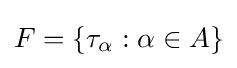
F=\left\{\tau _{\alpha }:\alpha \in A\right\}